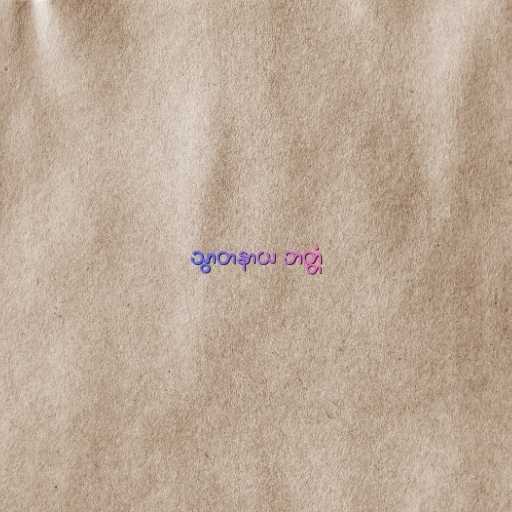
သွာတနာယ ဘတ္တံ